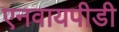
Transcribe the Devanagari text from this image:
एनवायपीडी